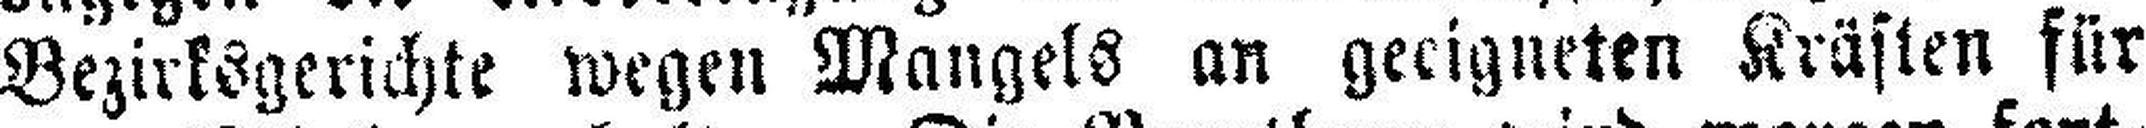
Bezirksgerichte wegen Mangels an geeigneten Kräften für